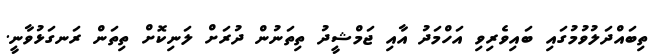
ތިބައްދަލުވުމުގައި ބައިވެރިވި އަހްމަދު އާއި ޖަމްޝީދު ތިތަނުން ދުރަށް ލަނިކޮށް ތިތަން ރަނގަޅުވާނީ.